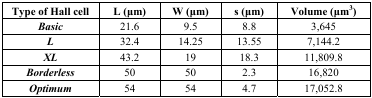
<table><thead><tr><td><b>Type of Hall cell</b></td><td><b>L (μm)</b></td><td><b>W (μm)</b></td><td><b>s (μm)</b></td><td><b>Volume (μm<sup>3</sup>)</b></td></tr></thead><tbody><tr><td><b><i>Basic</i></b></td><td>21.6</td><td>9.5</td><td>8.8</td><td>3,645</td></tr><tr><td><b><i>L</i></b></td><td>32.4</td><td>14.25</td><td>13.55</td><td>7,144.2</td></tr><tr><td><b><i>XL</i></b></td><td>43.2</td><td>19</td><td>18.3</td><td>11,809.8</td></tr><tr><td><b><i>Borderless</i></b></td><td>50</td><td>50</td><td>2.3</td><td>16,820</td></tr><tr><td><b><i>Optimum</i></b></td><td>54</td><td>54</td><td>4.7</td><td>17,052.8</td></tr></tbody></table>